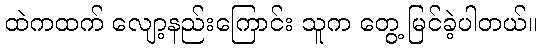
ထဲကထက် လျော့နည်းကြောင်း သူက တွေ့ မြင်ခဲ့ပါတယ်။